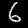
Digit: 6